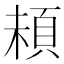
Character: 𩑵